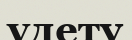
үдету